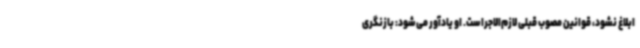
ابلاغ نشود، قوانین مصوب قبلی لازم‌الاجراست. او یادآور می‌شود: بازنگری